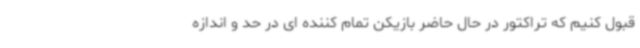
قبول کنیم که تراکتور در حال حاضر بازیکن تمام کننده ای در حد و اندازه